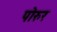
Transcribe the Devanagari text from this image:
पोरुर